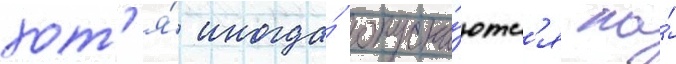
хот'я́ иногда́ опуска́ютс'я на́